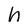
Character: h